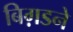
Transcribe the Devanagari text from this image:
बिग़डने